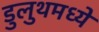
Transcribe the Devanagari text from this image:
डुलुथमध्ये